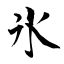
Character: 氷